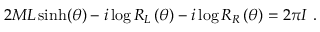
2 M L \sinh ( \theta ) - i \log R _ { L } \left( \theta \right) - i \log R _ { R } \left( \theta \right) = 2 \pi I \ .